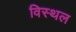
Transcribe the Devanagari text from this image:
विस्थल